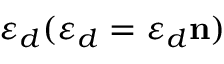
\boldsymbol { \varepsilon _ { d } } ( \boldsymbol { \varepsilon _ { d } } = \varepsilon _ { d } \mathbf { n } )